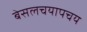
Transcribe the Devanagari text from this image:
बेसलचयापचय